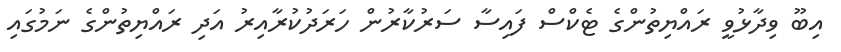
އިބޫ ވިދާޅުވީ ރައްޔިތުންގެ ޓެކްސް ފައިސާ ސަރުކާރުން ހަރަދުކުރާއިރު އަދި ރައްޔިތުންގެ ނަމުގައި